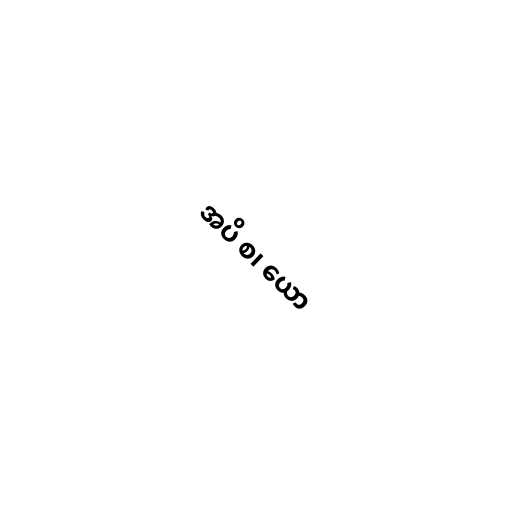
အပိ စ၊ ယော